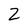
Character: 2